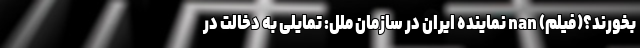
بخورند؟(فیلم) nan نماینده ایران در سازمان ملل: تمایلی به دخالت در